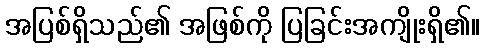
အပြစ်ရှိသည်၏ အဖြစ်ကို ပြခြင်းအကျိုးရှိ၏။